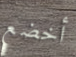
أخضع